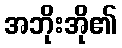
အဘိုးအို၏